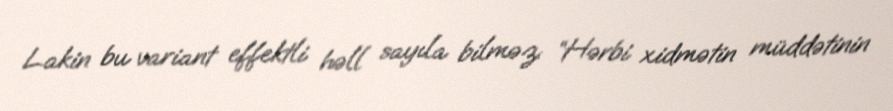
Lakin bu variant effektli həll sayıla bilməz: “Hərbi xidmətin müddətinin